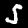
Digit: 5